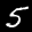
Label: 5